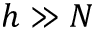
h \gg N